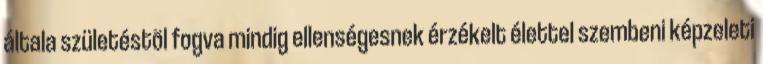
általa születéstõl fogva mindig ellenségesnek érzékelt élettel szembeni képzeleti